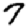
Digit: 7